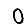
Digit: 0